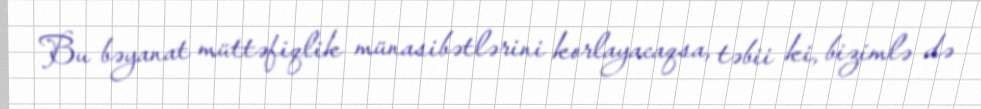
Bu bəyanat müttəfiqlik münasibətlərini korlayacaqsa, təbii ki, bizimlə də